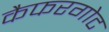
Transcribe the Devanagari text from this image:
कैफरगोट